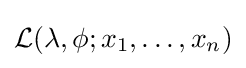
{\mathcal {L}}(\lambda ,\phi ;x_{1},\ldots ,x_{n})